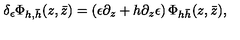
\delta _ { \epsilon } \Phi _ { h , \bar { h } } ( z , \bar { z } ) = \left( \epsilon \partial _ { z } + h \partial _ { z } \epsilon \right) \Phi _ { h \bar { h } } ( z , \bar { z } ) ,